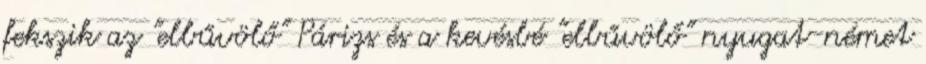
fekszik az "elbűvölő" Párizs és a kevésbé "elbűvölő" nyugat-német